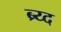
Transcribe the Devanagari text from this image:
ब्र्य्द